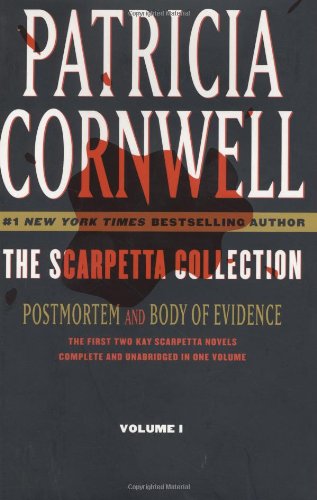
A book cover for The Scarpetta Collection Volume I: Postmortem and Body of Evidence (Kay Scarpetta); Patricia Cornwell; Mystery, Thriller & Suspense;